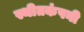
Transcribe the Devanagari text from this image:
स्थीतकंपनी